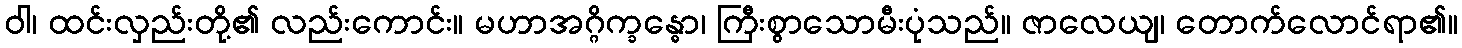
ဝါ၊ ထင်းလှည်းတို့၏ လည်းကောင်း။ မဟာအဂ္ဂိက္ခန္ဓော၊ ကြီးစွာသောမီးပုံသည်။ ဇာလေယျ၊ တောက်လောင်ရာ၏။